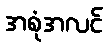
အစုံအလင်